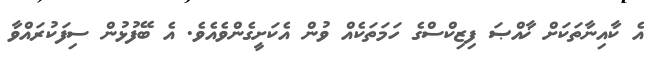
އެ ކާއިނާތަކަށް ޚާއްޞަ ފިޒިކްސްގެ ހަމަތަކެއް ވުން އެކަށީގެންވެއެވެ. އެ ބޭފުޅުން ސިފަކުރައްވާ